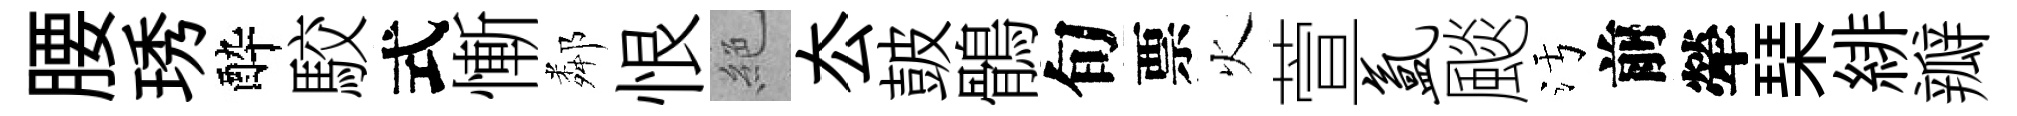
腰琇酔駮式慚鄰恨絶厺皷鶻旬票火萱氲颷污前犖琹緋瓣